Annual report of the Civil Veterinary Department, Bengal, for the year 1895-96 - 1895-1896
Year: 1895
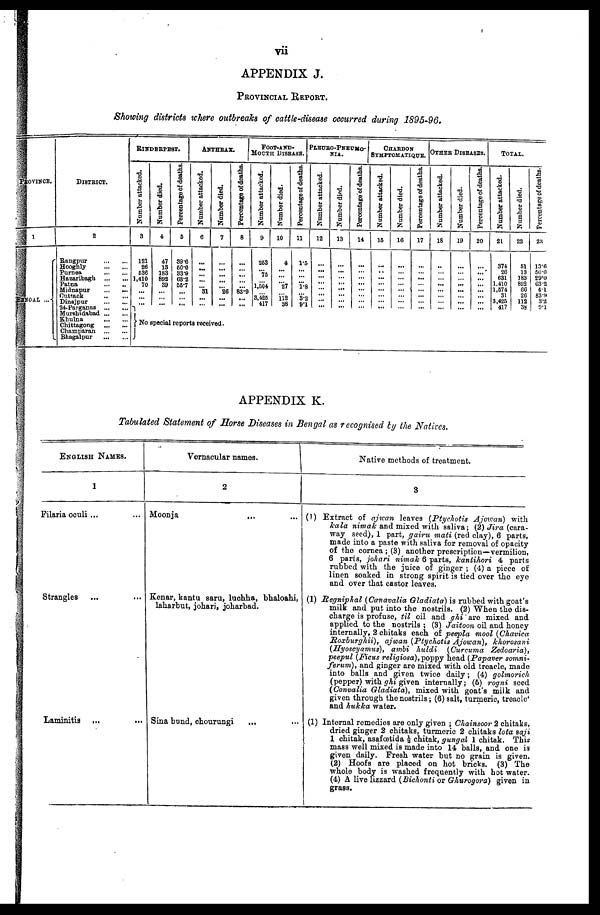
vii
APPENDIX J.
PROVINCIAL REPORT.
Showing districts where outbreaks of cattle-disease occurred during 1895-96.
PROVINCE.
1
AENGAL ...
DISTRICT.
2
Rangpur
...
...
Hooghly
...
...
Purnea
...
...
Hazaribagh
...
...
Patna
...
...
Midnapur
...
...
Cutrack
...
...
Dinajpur
...
...
24-Parganns
...
...
Mursbidabad ... ...
Khulna
...
...
Chittagong
...
...
Champaran
...
...
Bhogalpur
...
...
RINDERPEST.
Number attacked.
3
121
26
636
1,410
70
...
...
...
Number died.
4
47
13
183
892
39
...
...
...
Percentage of deaths.
5
39.6
50.0
33.9
63.2
567
...
... ...
ANTHRAX.
Number attacked.
0
...
...
...
...
... 31
...
...
Number died.
7
...
...
...
...
... 26
...
...
Percentage of deaths.
8
...
... ...
... ...
83.9
...
...
FOOT-AND-
MOUTH DISEASE.
Number attacked.
9
263
... 75
... 1,504
... .3,425
417
Number died.
10
4
...
...
... 27
... 112
38
Percentage of deaths.
11
1.5
...
...
1.8
... 32
91
PLEURO-PNEUMO-
NIA.
Number attacked.
12
...
... ...
...
... ...
...
Number died.
13
...
... ...
...
...
... ...
Percentage of deaths.
14
...
...
...
...
...
...
...
CHARDON
SYMPTOMATIQUE.
Number attacked.
15
...
...
...
...
...
...
...
Number died.
16
...
...
...
...
... ... ...
Percentage of deaths.
17
...
...
...
...
...
...
...
OTHER DISEASES.
Number attacked.
18
...
...
...
...
...
... ...
Number died.
19
...
...
...
...
...
... ...
Percentage of death9.
20
...
...
...
...
...
...
...
TOTAL.
Number attacked.
21
374
26
631
1.410
1,674
31
3,425
417
Number died.
22
61
13
183
892
66
26
112
38
Percentage of deaths.
23
13.6
50.0
29.0
63.2
4.1
83.9
32
9.1
No special reports received.
APPENDIX K.
Tabulated Statement of Horse Diseases in Bengal as recognised by the Natives.
ENGLISH NAMES.
1
Filaria oculi ... ...
Strangles ... ...
Laminitis ... ...
Vernacular names.
2
Moonja ... ...
Kenar, kantu saru, luchha, bhaloahi,
laharbut, johari, joharbad.
Sina bund, chourungi
... ...
Native methods of treatment.
3
(1) Extract of ojwan leaves (Ptychotis Ajowan)
with
kala nimak and mixed with saliva; (2) Jira (cara-
way seed), 1 part, gairu mati (red clay), 6 parts,
made into a paste with saliva for removal of opacity
of the cornea; (3) another prescription—vermilion,
6 parts, johari nimak 6 parts, kantihori
4 parts
rubbed with the juice of ginger; (4) a piece of
linen soaked in strong spirit is tied over the eye
and over that castor leaves.
(1) Regniphal (Canavalia Gladiata) is rubbed with goat's
milk and put into the nostrils. (2) When the dis-
charge is profuse, til oil and ghi are mixed and
applied to the nostrils; (3) Jaitoon oil and honey
internally, 2 chitaks each of peepla mool (Chavica
Roxburghii),
ojwan (Ptychotis Ajowan),
khorosani
(Hyoscyamus),
ambi huldi
(Curcuma
Zedoaria),
peepul (Ficus religiosa), poppy head (Papaver somni-
ferum), and ginger are mixed with old treacle, made
into balls and given twice daily; (4) golmorich
(pepper) with ghi given internally; (6) rogni seed
(Convalia Gladiata),
mixed with goat's milk and
given through the nostrils; (6) salt, turmeric, treacle'
and hukka water.
(1) Internal romedies are only given; Chainsoor 2 chitaks,
dried ginger 2 chitaks, turmeric 2 chitaks lota saji
1 chitak, asafœtida ½ chitak, gungal 1 chitak. This
mass well mixed is made into 14 balls, and one is
given daily. Fresh water but no grain is given.
(2) Hoofs are placed on hot bricks. (3) The
whole body is washed frequently with hot water.
(4) A live lizzard (Bichonti or Ghurogora) given in
grass.